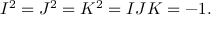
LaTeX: I ^ { 2 } = J ^ { 2 } = K ^ { 2 } = I J K = - 1 .